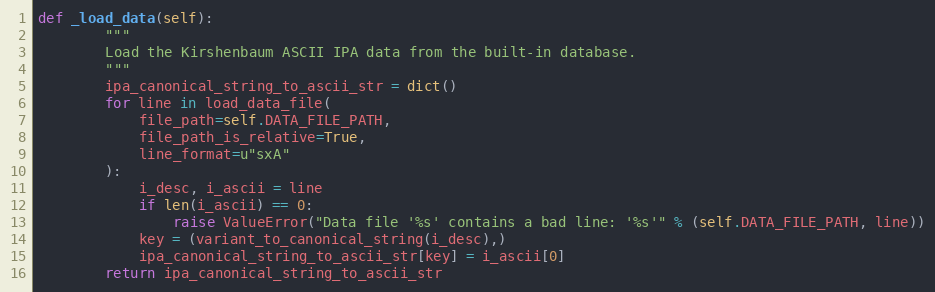
Language: Python
def _load_data(self):
        """
        Load the Kirshenbaum ASCII IPA data from the built-in database.
        """
        ipa_canonical_string_to_ascii_str = dict()
        for line in load_data_file(
            file_path=self.DATA_FILE_PATH,
            file_path_is_relative=True,
            line_format=u"sxA"
        ):
            i_desc, i_ascii = line
            if len(i_ascii) == 0:
                raise ValueError("Data file '%s' contains a bad line: '%s'" % (self.DATA_FILE_PATH, line))
            key = (variant_to_canonical_string(i_desc),)
            ipa_canonical_string_to_ascii_str[key] = i_ascii[0]
        return ipa_canonical_string_to_ascii_str